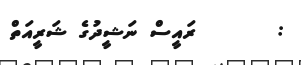
:       ރައީސް ނަޝީދުގެ ޝަރީއަތް